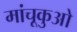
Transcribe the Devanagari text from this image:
मांचूकुओ